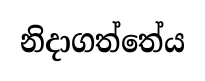
නිදාගත්තේය